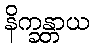
နိက္ခန္တာယ